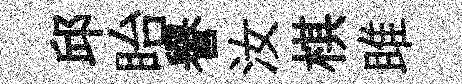
邱眙譽汝棋雎